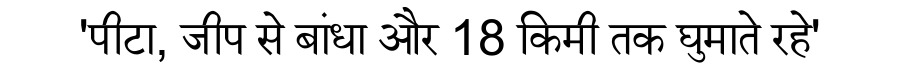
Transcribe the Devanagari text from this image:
'पीटा, जीप से बांधा और 18 किमी तक घुमाते रहे'